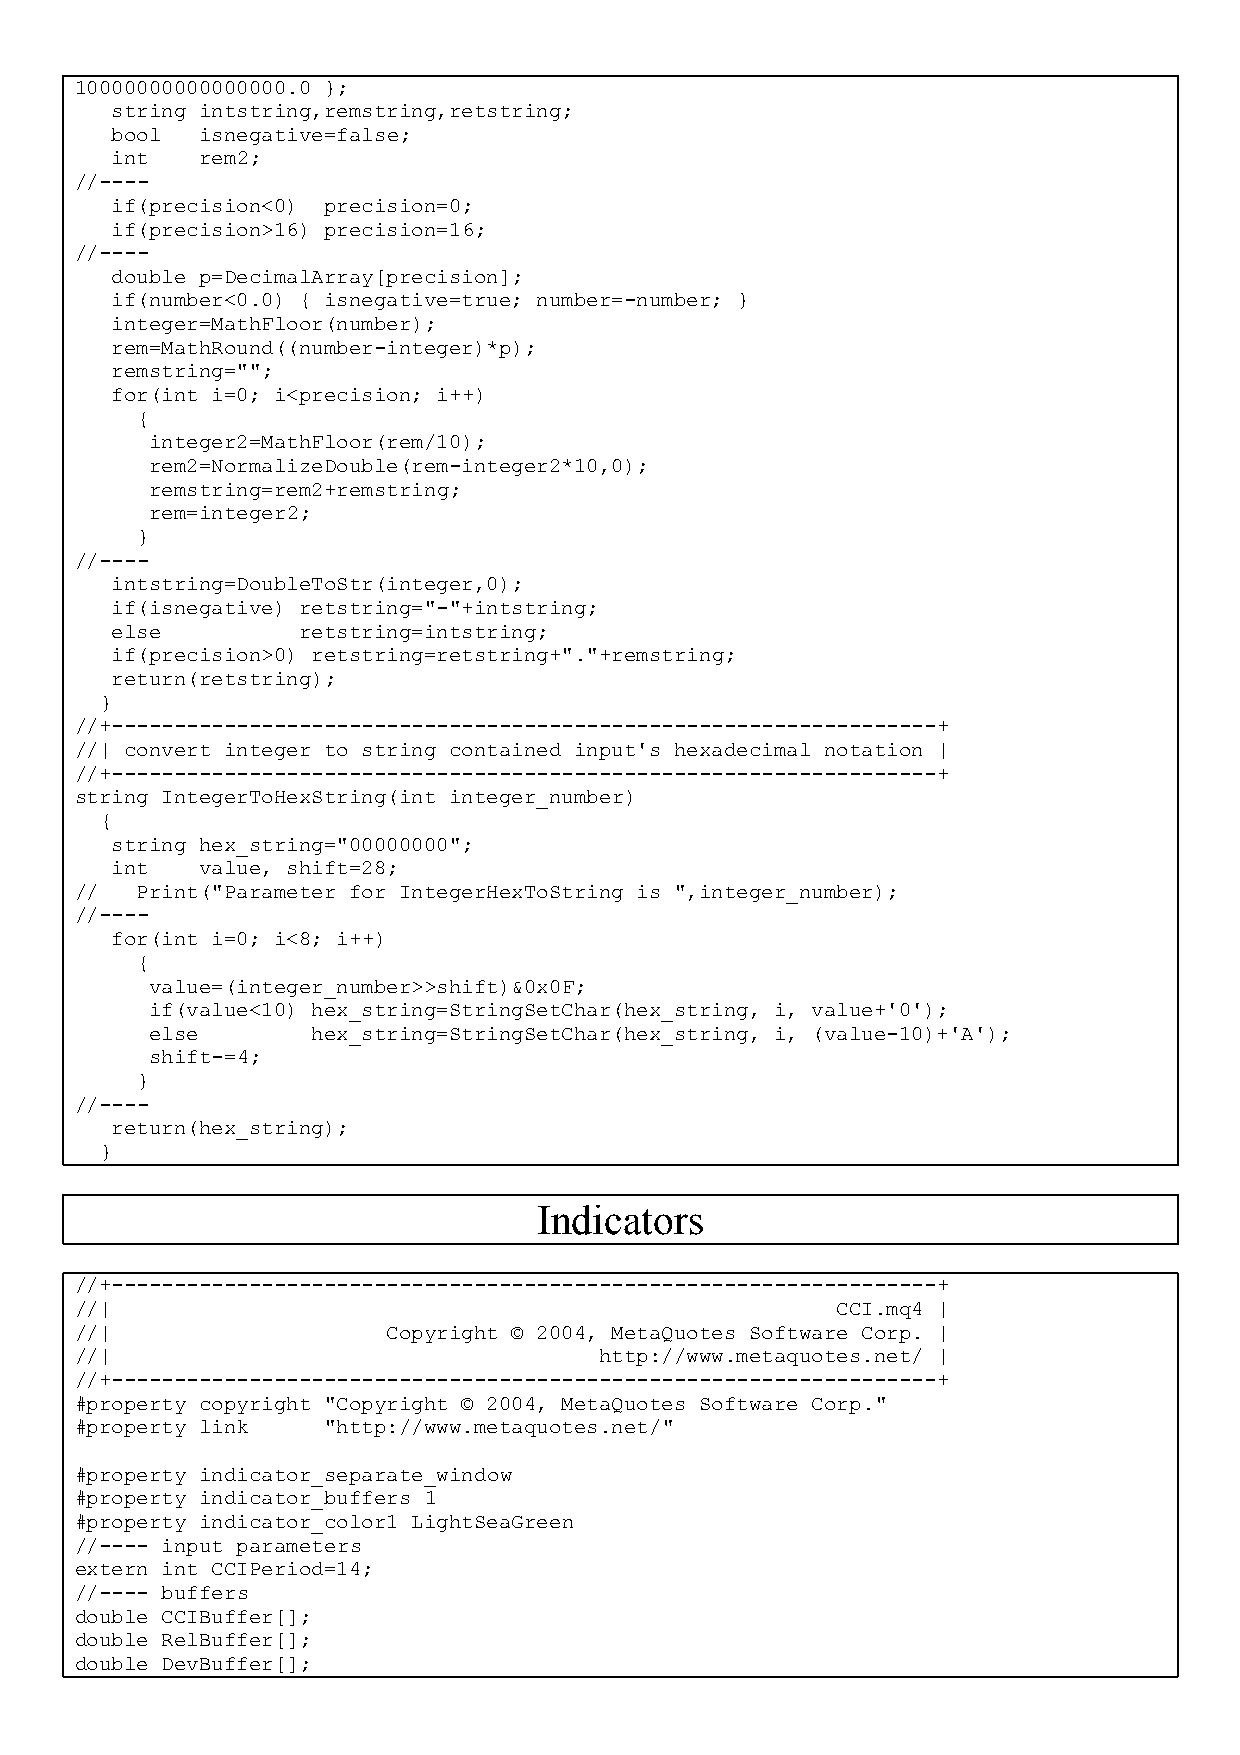
10000000000000000.0 };
 string intstring,remstring,retstring;
 bool  isnegative=false;
 int   rem2;
 //----
 if(precision<0) precision=0;
 if(precision>16) precision=16;
 //----
 double p=DecimalArray[precision];
 if(number<0.0) { isnegative=true; number=-number; }
 integer=MathFloor(number);
 rem=MathRound((number-integer)*p);
 remstring="";
 for(int i=0; i<precision; i++)
 {
 integer2=MathFloor(rem/10);
 rem2=NormalizeDouble(rem-integer2*10,0);
 remstring=rem2+remstring;
 rem=integer2;
 }
 //----
 intstring=DoubleToStr(integer,0);
 if(isnegative) retstring="-"+intstring;
 else         retstring=intstring;
 if(precision>0) retstring=retstring+"."+remstring;
 return(retstring);
 }
 //+------------------------------------------------------------------+
 //| convert integer to string contained input's hexadecimal notation |
 //+------------------------------------------------------------------+
 string IntegerToHexString(int integer_number)
 {
 string hex_string="00000000";
 int   value, shift=28;
 //  Print("Parameter for IntegerHexToString is ",integer_number);
 //----
 for(int i=0; i<8; i++)
 {
 value=(integer_number>>shift)&0x0F;
 if(value<10) hex_string=StringSetChar(hex_string, i, value+'0');
 else       hex_string=StringSetChar(hex_string, i, (value-10)+'A');
 shift-=4;
 }
 //----
 return(hex_string);
 }
 Indicators
 //+------------------------------------------------------------------+
 //|                                               CCI.mq4 |
 //|                  Copyright © 2004, MetaQuotes Software Corp. |
 //|                                http://www.metaquotes.net/ |
 //+------------------------------------------------------------------+
 #property copyright "Copyright © 2004, MetaQuotes Software Corp."
 #property link  "http://www.metaquotes.net/"
 #property indicator_separate_window
 #property indicator_buffers 1
 #property indicator_color1 LightSeaGreen
 //---- input parameters
 extern int CCIPeriod=14;
 //---- buffers
 double CCIBuffer[];
 double RelBuffer[];
 double DevBuffer[];